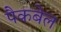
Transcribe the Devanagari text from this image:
पैकबेल